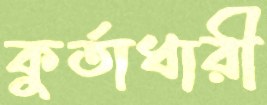
কুর্তাধারী